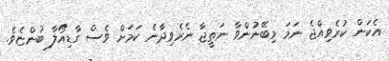
އެކަން ކުރެވިއްޖެ ނަމަ މިބޭނުންވާ ނަތީޖާ ނެރެވިދާނެ ކަމަށް ވެސް ގާޑިއޯލާ ބުންޏެވެ.